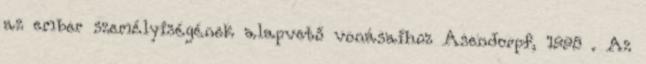
az ember személyiségének alapvető vonásaihoz Asendorpf, 1998 . Az